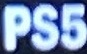
PS5